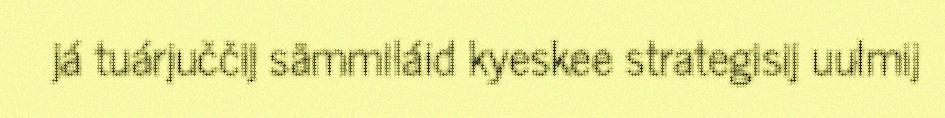
já tuárjuččij sämmiláid kyeskee strategisij uulmij